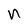
Character: n